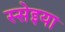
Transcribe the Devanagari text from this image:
स्सेइया